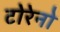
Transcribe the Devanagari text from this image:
टोरेनो